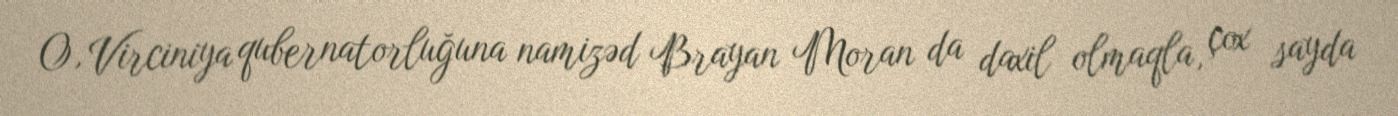
O, Virciniya qubernatorluğuna namizəd Brayan Moran da daxil olmaqla, çox sayda